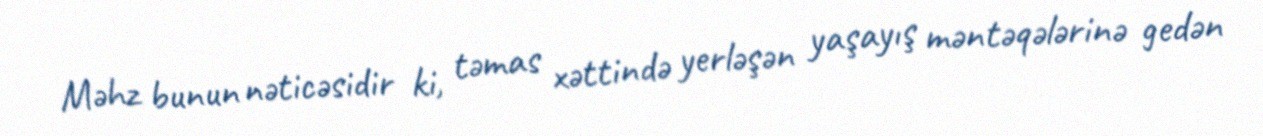
Məhz bunun nəticəsidir ki, təmas xəttində yerləşən yaşayış məntəqələrinə gedən